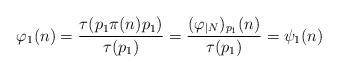
LaTeX: \begin{align*} \varphi_1(n)=\frac{\tau(p_1\pi(n)p_1)}{\tau(p_1)} =\frac{(\varphi_{|N})_{p_1}(n)}{\tau(p_1)} =\psi_1(n)\end{align*}